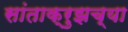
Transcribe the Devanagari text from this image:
सांताक्रुझच्या